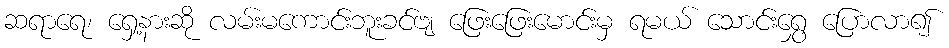
ဆရာရေ၊ ရှေ့နားဆို လမ်းမကောင်းဘူးခင်ဗျ ဖြေးဖြေးမောင်းမှ ရမယ် သောင်းရွှေ ပြောလာ၍